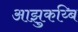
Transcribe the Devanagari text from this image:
आझुकय्बि